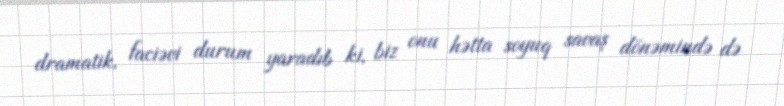
dramatik, faciəvi durum yaradıb ki, biz onu hətta soyuq savaş dönəmində də